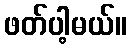
ဖတ်ပါ့မယ်။